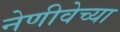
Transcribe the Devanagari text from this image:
नेणीवेच्या